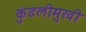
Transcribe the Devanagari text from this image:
कुंडलीमुखी